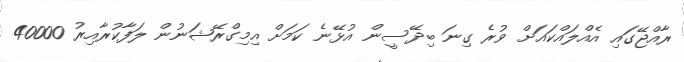
ރާއްޖޭގައި އެއްލައްކައަށް ވުރެ ގިނަ ބިދޭސީން އުޅޭނެ ކަމަށް އިމިގްރޭޝަނުން ލަފާކުރާއިރު 40000